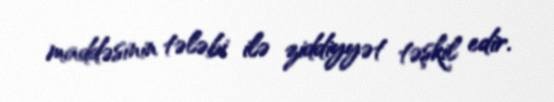
maddəsinin tələbi ilə ziddiyyət təşkil edir.